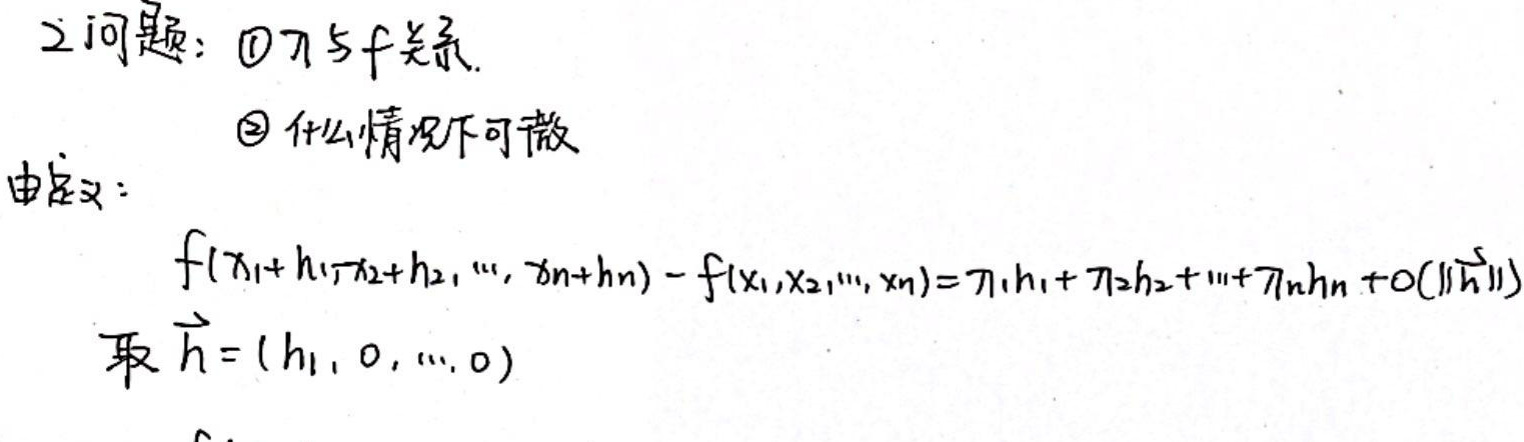
2问题: $\textcircled{1}$ \( \nabla f \)关系.

$\textcircled{2}$ 什么情况下可微

由定义:

\[ f(x_1+h_1,x_2+h_2,\cdots,x_n+h_n)-f(x_1,x_2,\cdots,x_n)=\nabla f\cdot\vec{h}+o(\|\vec{h}\|) \]

取 \( \vec{h}=(h_1,0,\cdots,0) \)